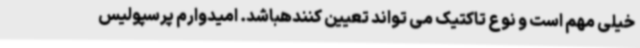
خیلی مهم است و نوع تاکتیک می تواند تعیین کنندهباشد. امیدوارم پرسپولیس